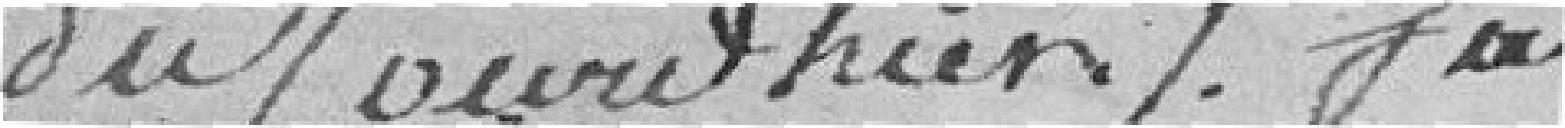
du Jourd'hier/. fait